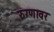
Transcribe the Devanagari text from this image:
रुग्णावर